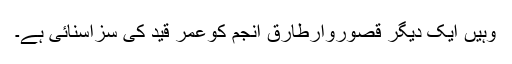
وہیں ایک دیگر قصوروارطارق انجم کوعمر قید کی سزاسنائی ہے۔